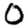
Digit: 0